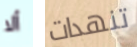
ألا تنهدات